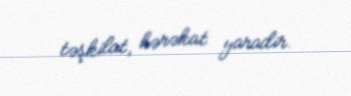
təşkilat, hərəkat yaradir.